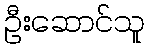
ဦးဆောင်သူ